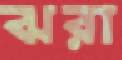
ঝরা